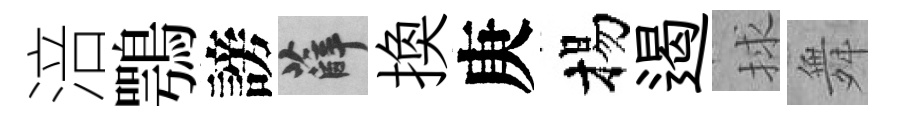
涪鶚謗薛换庚揚遏捄舞